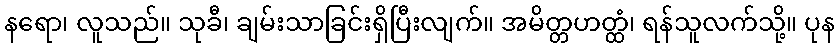
နရော၊ လူသည်။ သုခီ၊ ချမ်းသာခြင်းရှိပြီးလျက်။ အမိတ္တဟတ္ထံ၊ ရန်သူလက်သို့။ ပုန